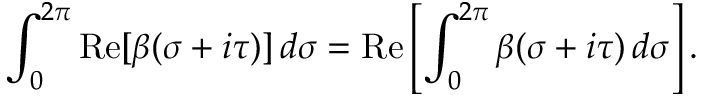
\int _ { 0 } ^ { 2 \pi } \mathrm { R e } [ \beta ( \sigma + i \tau ) ] \, d \sigma = \mathrm { R e } \left[ \int _ { 0 } ^ { 2 \pi } \beta ( \sigma + i \tau ) \, d \sigma \right] .